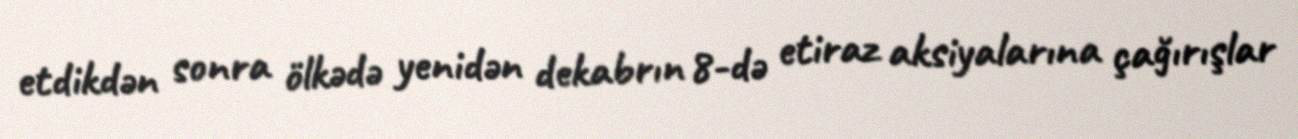
etdikdən sonra ölkədə yenidən dekabrın 8-də etiraz aksiyalarına çağırışlar